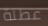
عطلة